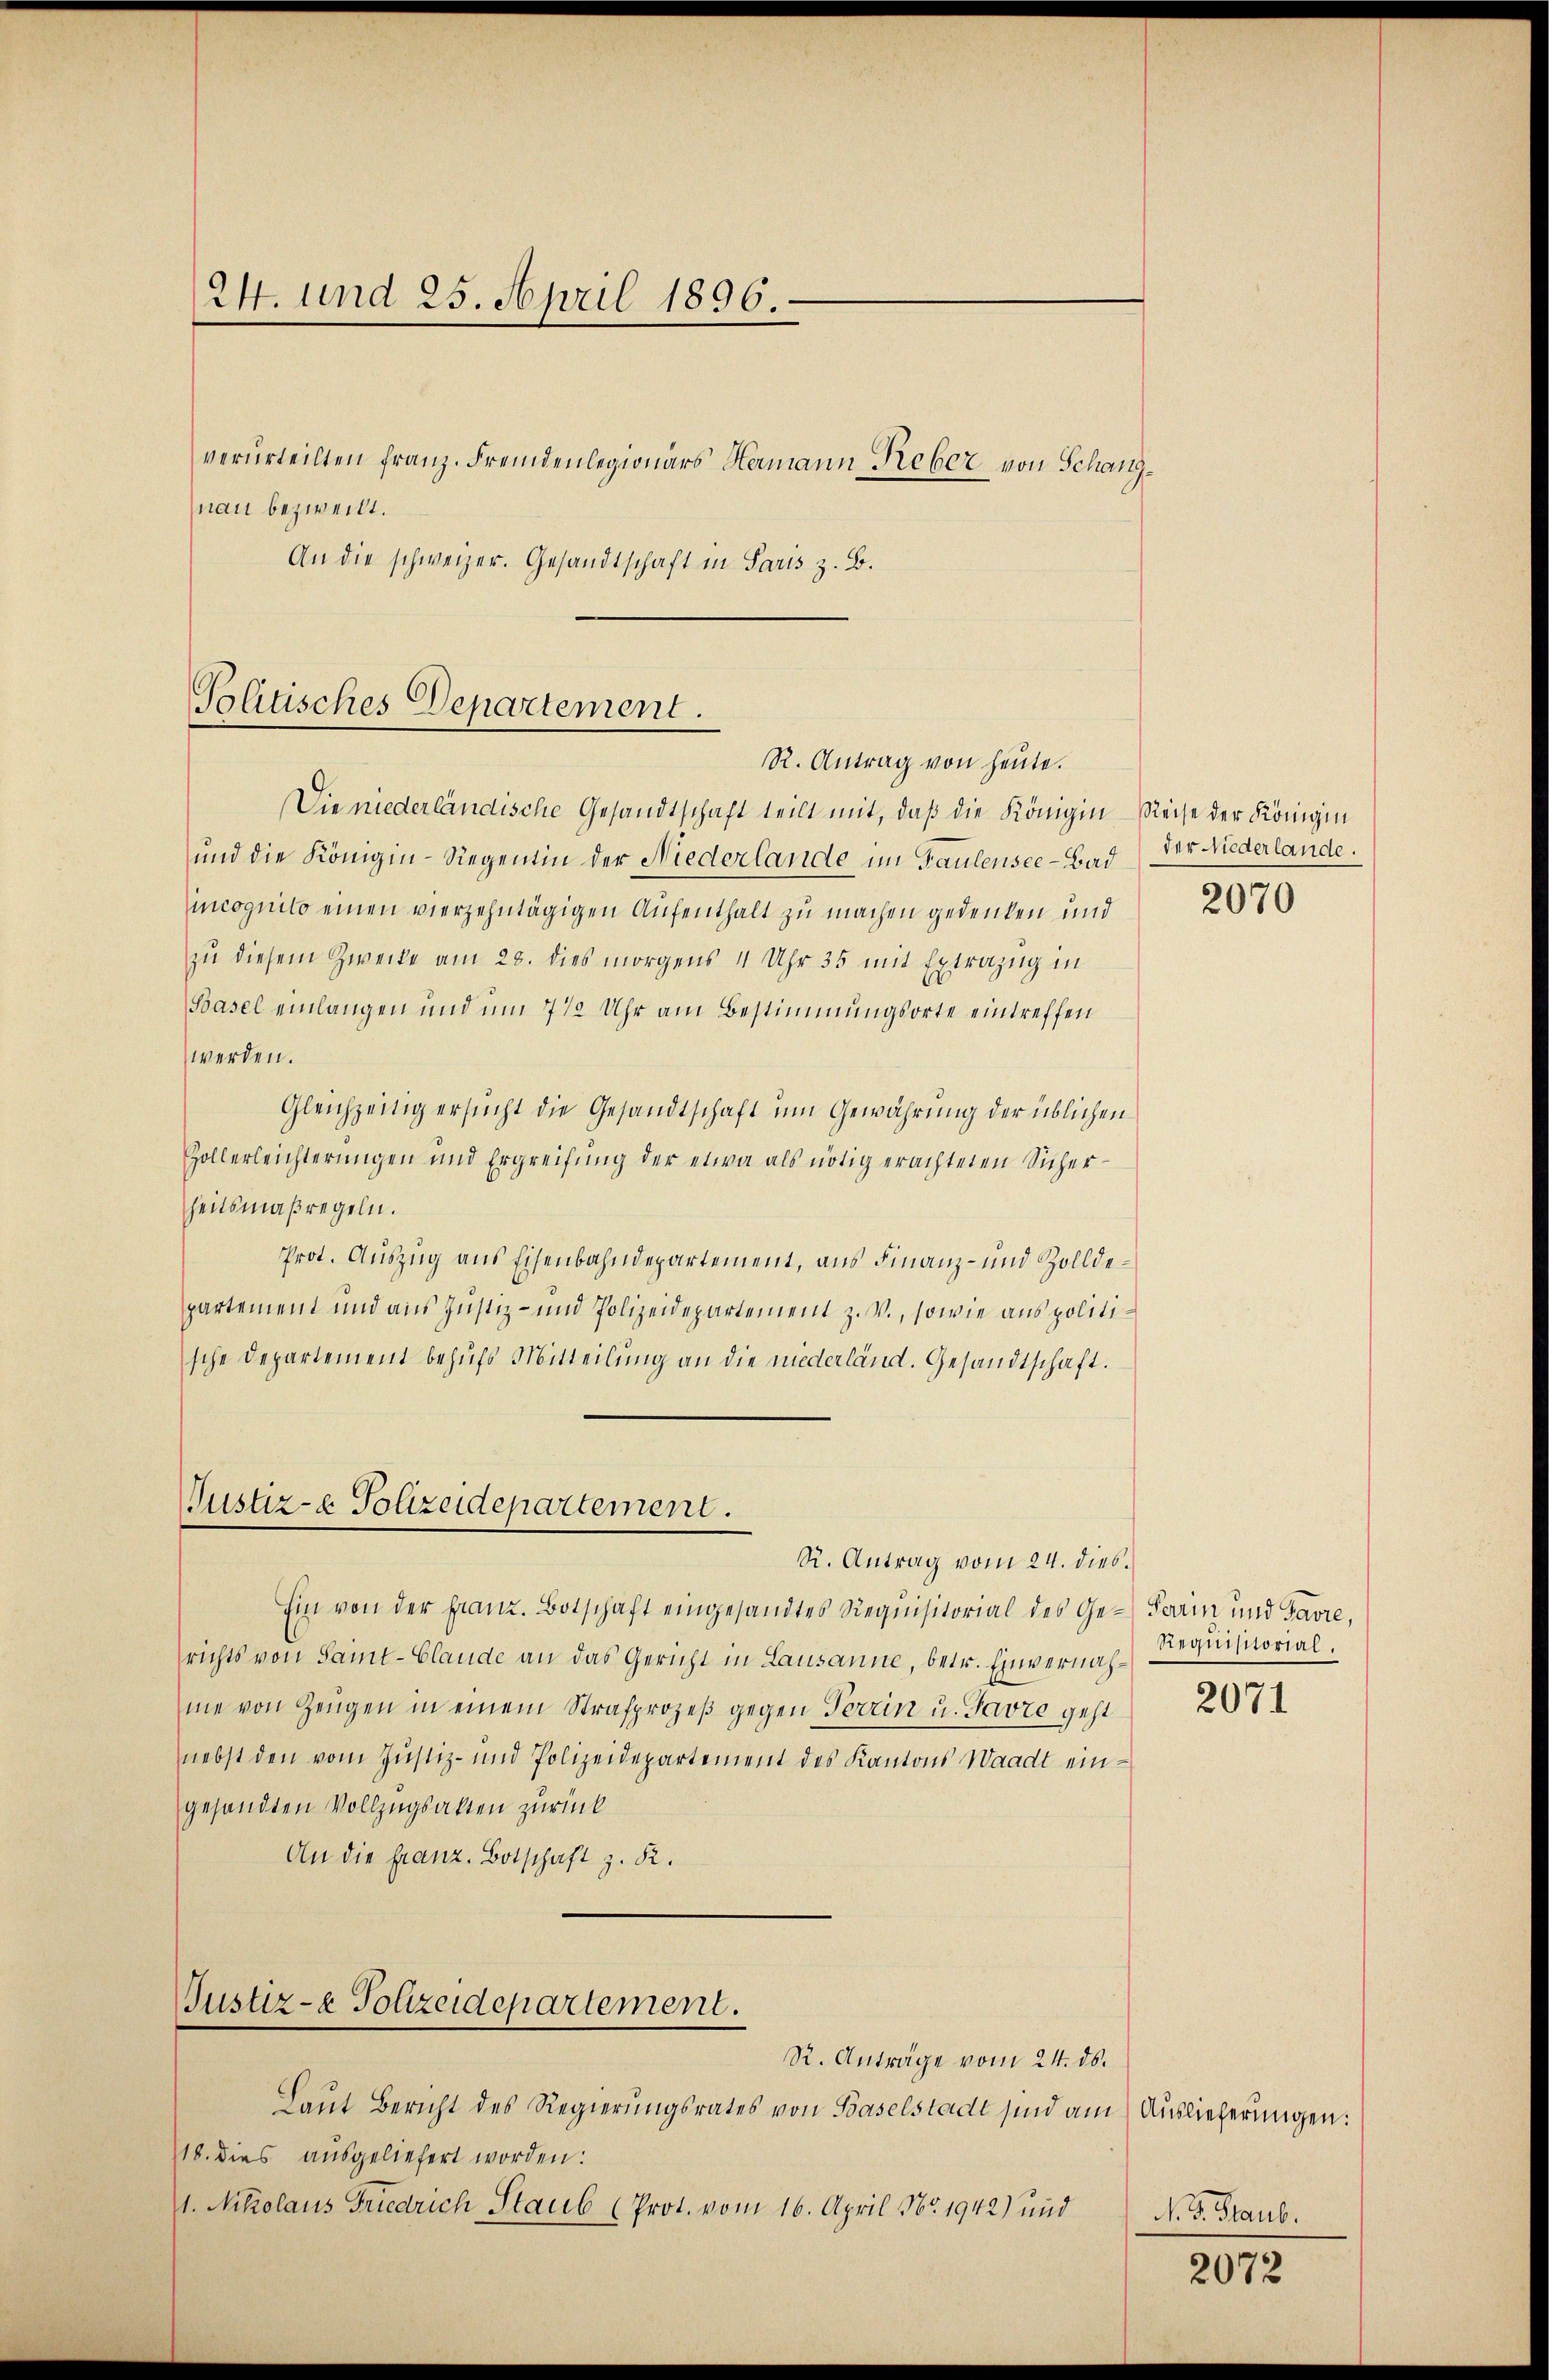
24. und 25. April 1896.

nau bezweift.

Politisches Departement.
R. Antrag von heute.

Die niederländische Gesandtschaft teilt mit, daß die Königin-Reise der Königin
und die Königin-Siegentin der Niederlande im Faulensee-Bad
mncognito einen vierzehntägigen Aufenthalt zu machen gedenken und
zŭ diesem Zwecke am 28. dies morgens 4 Uhr 35 mit Extrazug in
Basel einlangen und um 7 1/2 Uhr am Bestimmungsorte eintreffen
werden.
Gleichzeitig ersucht die Gesandtschaft um Gewährung der üblichen
Zollerleichterungen und Ergreifung der etwa als nötig erachteten Sicher-
heitsmaßregeln.
Prot. Auszug aus Eisenbahndepartement, aus Finanz- und Zolldepartement und aus Justiz- und Polizeidepartement z. V., sowie aus politische Departement behufs Mitteilung an die niederländ. Gesandtschaft.

Justiz-e Polizeidepartement.
R. Antrag vom 24. dies

Ein von der Franz. Botschaft eingesandtes Requisitorial des Ge-Farin und Favre,
richts von Sammt-Claude an das Gericht in Lausanne, betr. Einvernahme von Zeugen in einem Strafprozeß gegen Terrin u. Favre geht
nebst den vom Justiz- und Polizeidepartement des Kantons Waadt eingesandten Vollzugsakten zurück
An die franz. Botschaft z. R.

Gustiz- & Polizeidepartement.

verurteilten Franz. Fremdenlegionars Hermann Reber von Schanz¬
An die schweizer. Gesandtschaft in Paris z. B.

Laut Bericht des Regierungsrates von Baselstadt sind am Auslieferungen:
18. dies ausgeliefert worden:
1. Nikolaus Friedrich Staub (Prot. vom 16. April Nr. 1942) und

R. Anträge vom 24. ds.

der Niederlande.

2070

Requisitorial.

2071

N. V. Staub.

2072